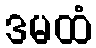
ဒမထံ